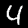
Label: 4